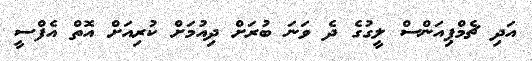
އަދި ޗެމްޕިއަންސް ލީގުގެ ދެ ވަނަ ބުރަށް ދިއުމަށް ކުރިއަށް އޮތް އެފްސީ